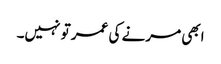
ابھی مرنے کی عمر تو نہیں۔